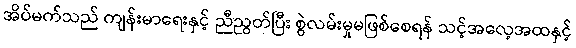
အိပ်မက်သည် ကျန်းမာရေးနှင့် ညီညွတ်ပြီး စွဲလမ်းမှုမဖြစ်စေရန် သင့်အလေ့အထနှင့်